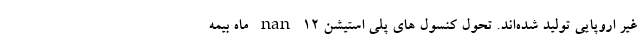
غیر اروپایی تولید شده‌اند. تحول کنسول های پلی استیشن nan 12 ماه بیمه